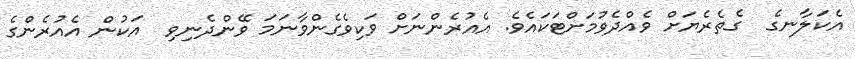
އެކަލާނގެ  ގެތެރެޔަށް ވެއްދެވުމަށްޓަކައެވެ. އެއުރެންނަށް ވަކިވެގެންވާނަމަ ވޭންދެނިވި  އަކުން އެއުރެންގެ